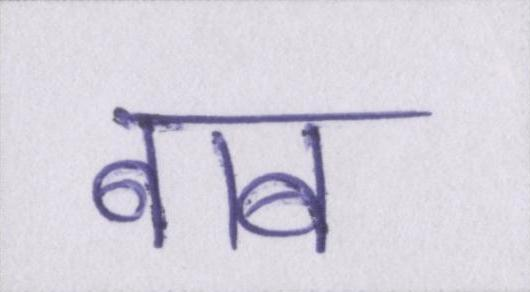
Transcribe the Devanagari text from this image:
बाब